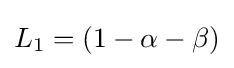
L_{1}=\left(1-\alpha -\beta \right)